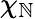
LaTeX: \chi_{\mathbb{N}}